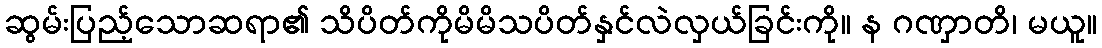
ဆွမ်းပြည့်သောဆရာ၏ သိပိတ်ကိုမိမိသပိတ်နှင်လဲလှယ်ခြင်းကို။ န ဂဏှာတိ၊ မယူ။